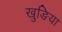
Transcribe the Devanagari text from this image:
खुङिया